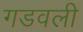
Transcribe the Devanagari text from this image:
गडवली